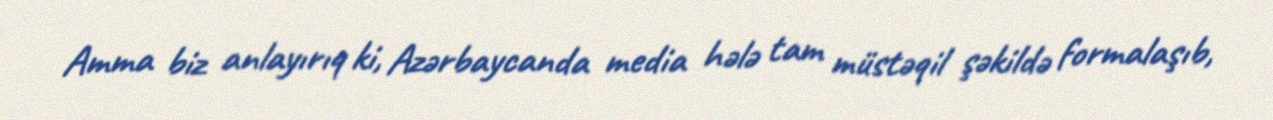
Amma biz anlayırıq ki, Azərbaycanda media hələ tam müstəqil şəkildə formalaşıb,